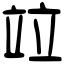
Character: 竝